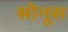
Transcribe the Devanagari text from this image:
सोनूस